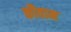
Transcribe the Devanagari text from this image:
कौवाम